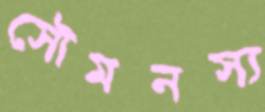
সৌমনস্য